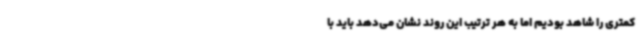
کمتری را شاهد بودیم اما به هر ترتیب این روند نشان می‌دهد باید با